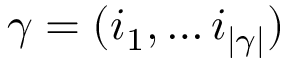
\gamma = ( i _ { 1 } , \dots i _ { | \gamma | } )